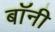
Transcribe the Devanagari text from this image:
बाॅनी